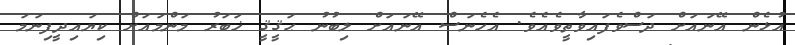
އުޅެން އޭނައަށް ދަސްވެފައިވާތީވެއެވެ. އެހެނަސް އޭނައަށް ލިބުނު ޙަޤީޤީ ޚަބަރު މަންމައަށް ކިޔައިދީފިނަމަ